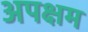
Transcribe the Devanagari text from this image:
अपक्षम